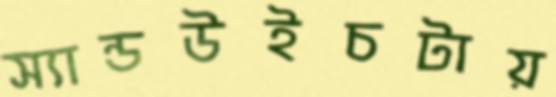
স্যান্ডউইচটায়